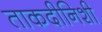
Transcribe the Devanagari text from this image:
ताकदीनिशी